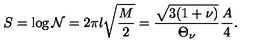
S = \log { \cal N } = 2 \pi l \sqrt { \frac { M } { 2 } } = \frac { \sqrt { 3 ( 1 + \nu ) } } { \Theta _ { \nu } } \frac { A } { 4 } .